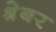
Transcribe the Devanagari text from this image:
श्रेबर